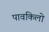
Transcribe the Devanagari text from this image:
पावकिलो